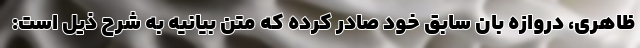
ظاهری، دروازه بان سابق خود صادر کرده که متن بیانیه به شرح ذیل است: